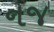
નજ